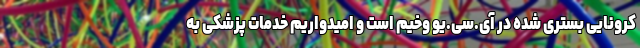
کرونایی بستری شده در آی.سی.یو وخیم است و امیدواریم خدمات پزشکی به